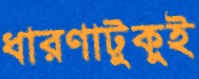
ধারণাটুকুই